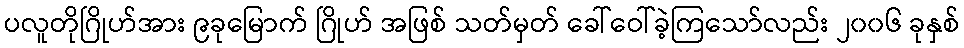
ပလူတိုဂြိုဟ်အား ၉ခုမြောက် ဂြိုဟ် အဖြစ် သတ်မှတ် ခေါ်ဝေါ်ခဲ့ကြသော်လည်း ၂၀၀၆ ခုနှစ်